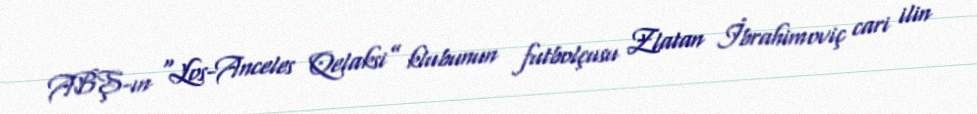
ABŞ-ın “Los-Anceles Qelaksi” klubunun futbolçusu Zlatan İbrahimoviç cari ilin